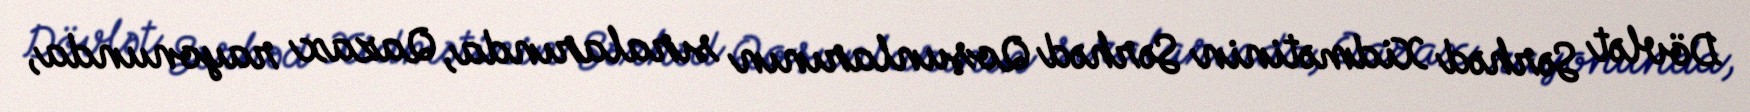
Dövlət Sərhəd Xidmətinin Sərhəd Qoşunlarının sıralarında, Qazax rayonunda,